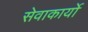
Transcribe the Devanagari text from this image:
सेवाकार्यो